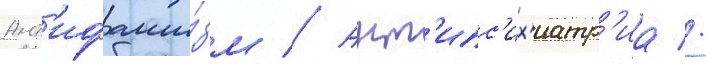
Ант'ифаши́зм // Ант'ипс'их'иатр'иа //